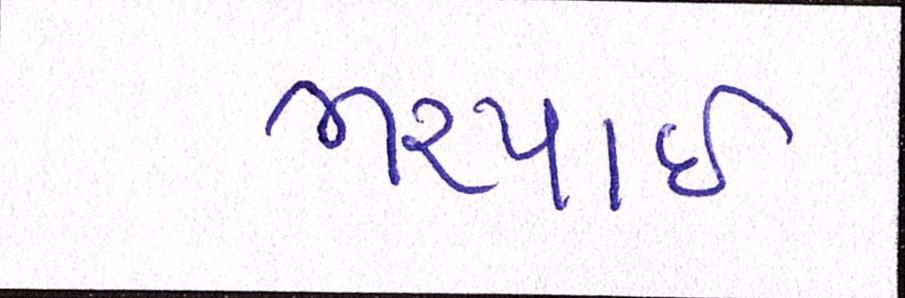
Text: ભરપાઈ